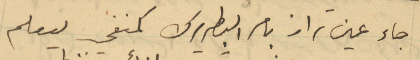
جاء عين تراز بامر البطريرك كمنفي ليعلم